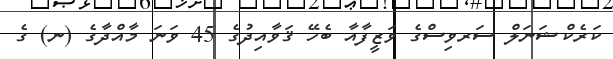
ކަރެކްޝަނަލް ސަރވިސްގެ ވަޒީފާއާ ބެހޭ ޤަވާއިދުގެ 45 ވަނަ މާއްދާގެ (ނ) ގެ